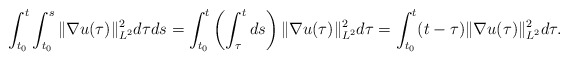
\begin{align*}\int_{t_0}^t \int_{t_0}^s \|\nabla u(\tau)\|^2_{L^2} d\tau ds = \int_{t_0}^t \left(\int_{\tau}^t ds\right) \|\nabla u(\tau)\|^2_{L^2} d\tau = \int_{t_0}^t (t-\tau) \|\nabla u(\tau)\|^2_{L^2} d\tau.\end{align*}